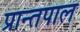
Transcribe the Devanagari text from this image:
प्रान्तपाल